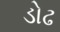
ડોઢ